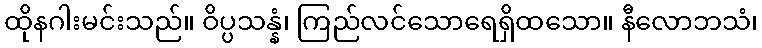
ထိုနဂါးမင်းသည်။ ဝိပ္ပသန္နံ၊ ကြည်လင်သောရေရှိထသော။ နီလောဘသံ၊